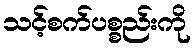
သင့်စက်ပစ္စည်းကို